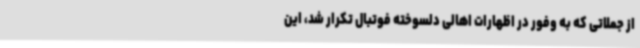
از جملاتی که به وفور در اظهارات اهالی دلسوخته فوتبال تکرار شد، این